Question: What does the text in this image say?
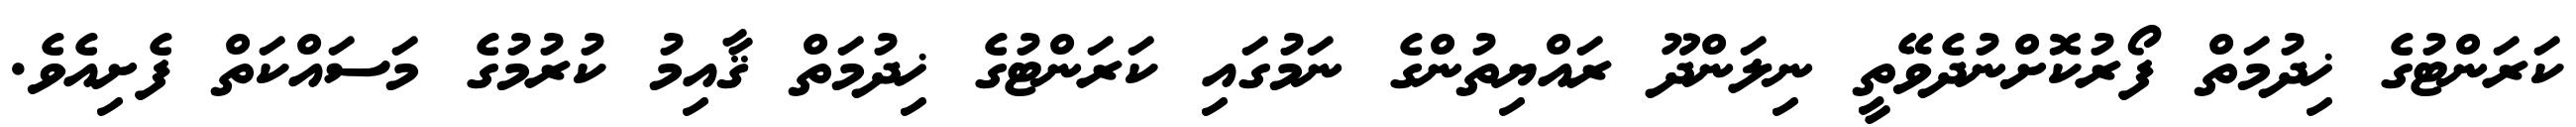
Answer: ކަރަންޓުގެ ޚިދުމަތް ފޯރުކޮށްނުދެވޭތީ ނިލަންދޫ ރައްޔިތުންގެ ނަމުގައި ކަރަންޓުގެ ޚިދުމަތް ޤާއިމު ކުރުމުގެ މަސައްކަތް ފެށިއެވެ.